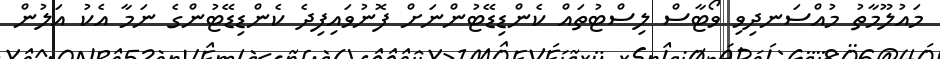
މައުލޫމާތު މުއްސަނދިވި ވޯޓާސް ލިސްޓުތައް ކެންޑިޑޭޓުންނަށް ފޮނުވައިފިދެ ކެންޑިޑޭޓުންގެ ނަމާ އެކު އަލުން